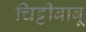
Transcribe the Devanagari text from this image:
चिट्टीबाबू